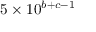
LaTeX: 5 \times 1 0 ^ { b + c - 1 }